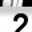
Digit: 2